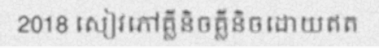
2018 សៀវភៅគ្លីនិចគ្លីនិចដោយឥត